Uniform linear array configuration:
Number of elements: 8
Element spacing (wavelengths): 0.75
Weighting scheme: hamming
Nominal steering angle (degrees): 60
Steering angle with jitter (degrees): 58.664
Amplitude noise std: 0.05
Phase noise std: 0.05

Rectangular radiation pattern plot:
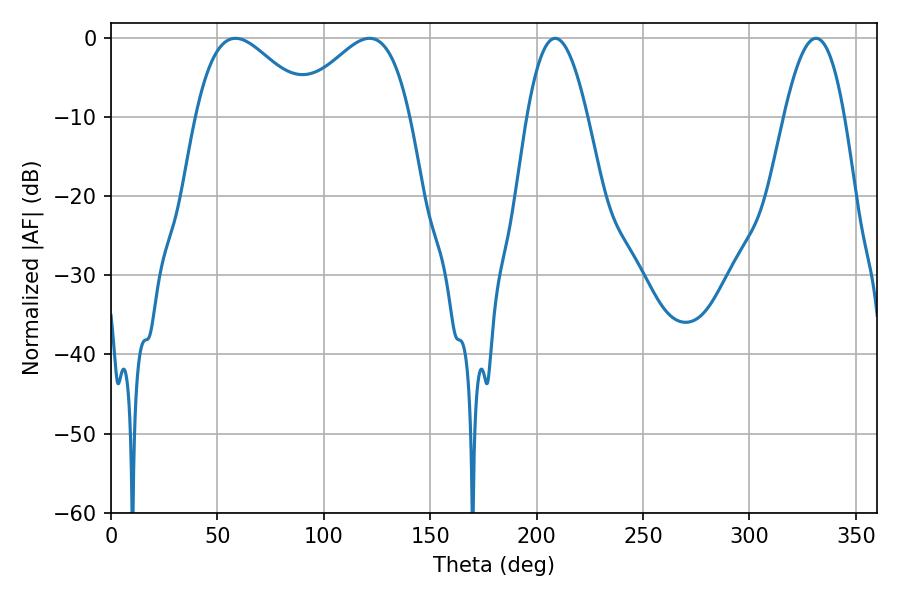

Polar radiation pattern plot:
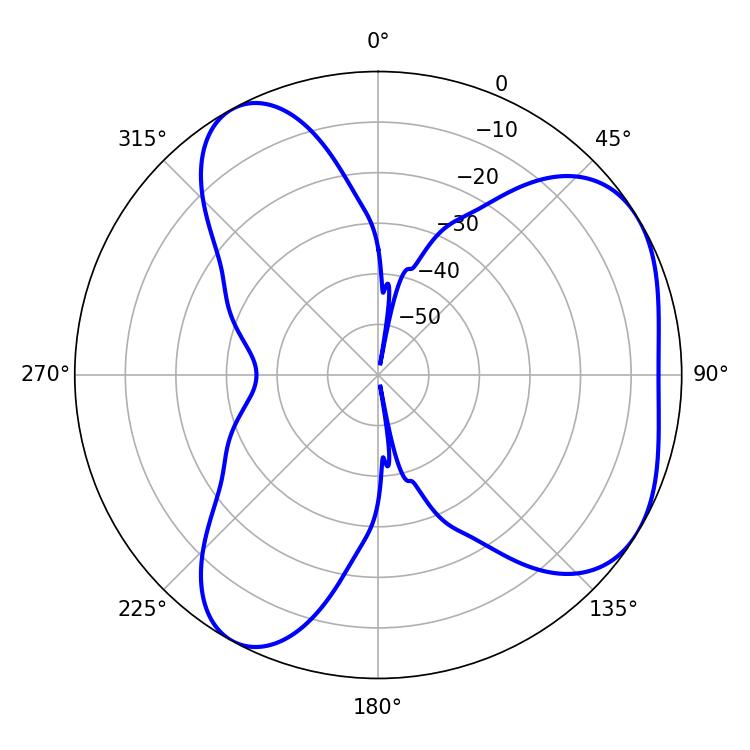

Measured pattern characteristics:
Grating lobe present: TRUE
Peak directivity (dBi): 4.816
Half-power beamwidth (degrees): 28.98
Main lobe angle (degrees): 58.5